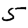
Digit: 5